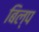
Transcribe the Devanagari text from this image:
बिल्प